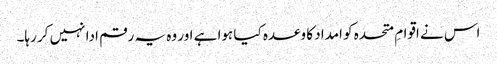
اس نے اقوامِ متحدہ کو امداد کا وعدہ کیا ہوا ہے اور وہ یہ رقم ادا نہیں کر رہا۔